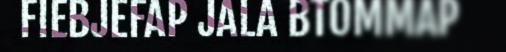
FIEBJEFAP JALA BTOMMAP